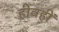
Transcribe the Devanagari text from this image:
हीवहीं